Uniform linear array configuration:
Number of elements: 16
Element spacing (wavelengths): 0.5
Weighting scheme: hamming
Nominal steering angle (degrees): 60
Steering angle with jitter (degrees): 60.406
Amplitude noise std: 0.05
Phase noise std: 0.05

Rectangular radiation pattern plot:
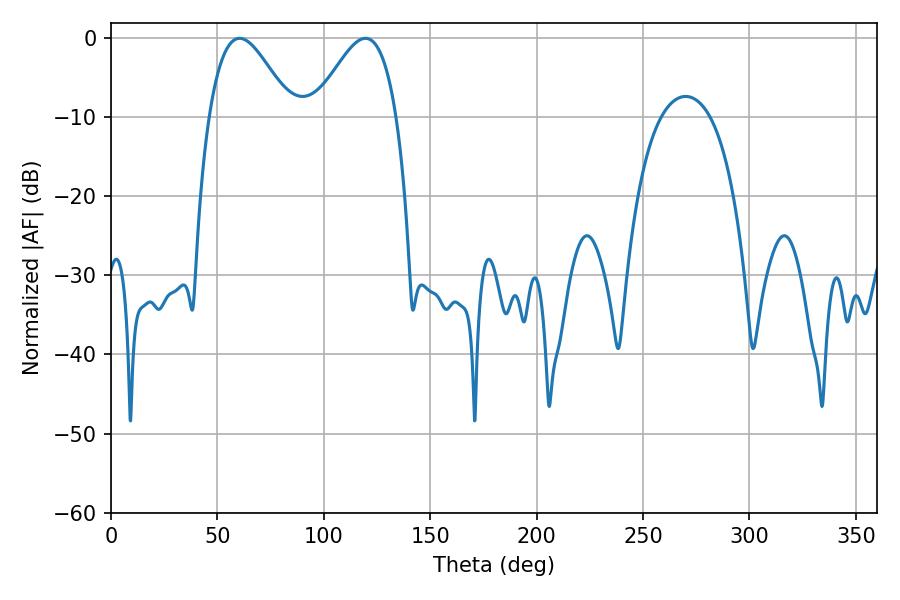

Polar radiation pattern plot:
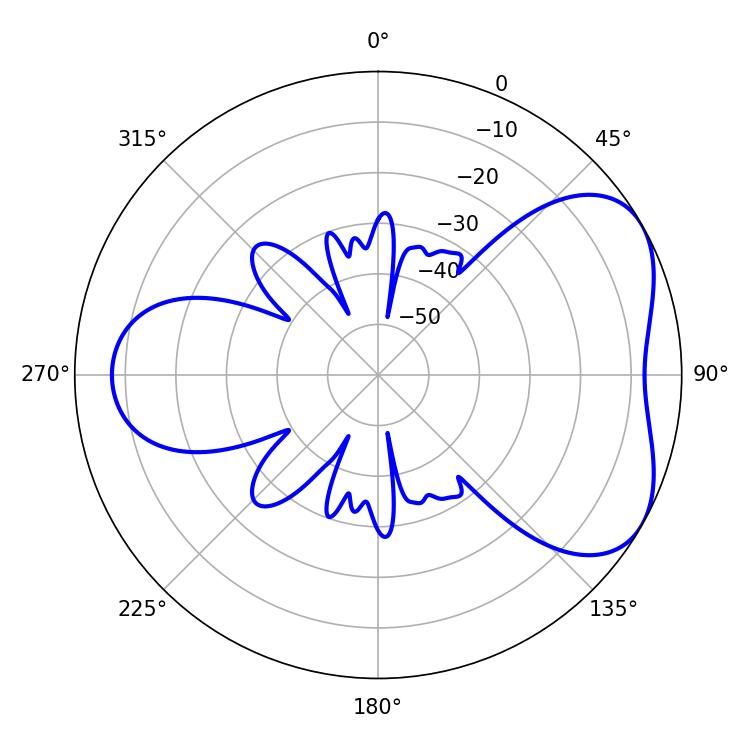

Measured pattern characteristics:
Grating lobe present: FALSE
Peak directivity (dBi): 4.915
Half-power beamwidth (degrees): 20.7
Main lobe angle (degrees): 60.48